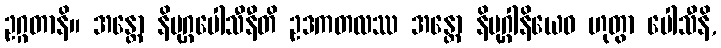
ဥဂ္ဂတာနိ။ အန္တော နိမုဂ္ဂပေါသီနီတိ ဥဒကတလဿ အန္တော နိမုဂ္ဂါနိယေဝ ဟုတွာ ပေါသီနိ,